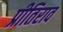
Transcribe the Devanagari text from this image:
प्रीतिराव